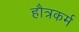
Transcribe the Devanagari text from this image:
हौत्रकर्म